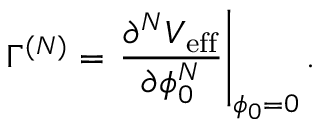
\Gamma ^ { ( N ) } = \left. \frac { \partial ^ { N } V _ { \mathrm { e f f } } } { \partial \phi _ { 0 } ^ { N } } \right| _ { \phi _ { 0 } = 0 } .